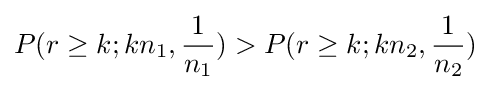
P(r\geq k;kn_{1},{\frac {1}{n_{1}}})>P(r\geq k;kn_{2},{\frac {1}{n_{2}}})